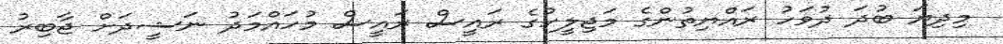
މިިދިޔަ ބުދަ ދުވަހު ރައްޔިތުންގެ މަޖިލީހުގެ ރައީސް ރައީސް މުހައްމަދު ނަޝީދަށް ޖާބިރު